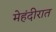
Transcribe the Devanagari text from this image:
मेहंदीरात